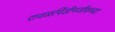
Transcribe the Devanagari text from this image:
रावळपिंडीनजीकच्या